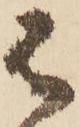
は